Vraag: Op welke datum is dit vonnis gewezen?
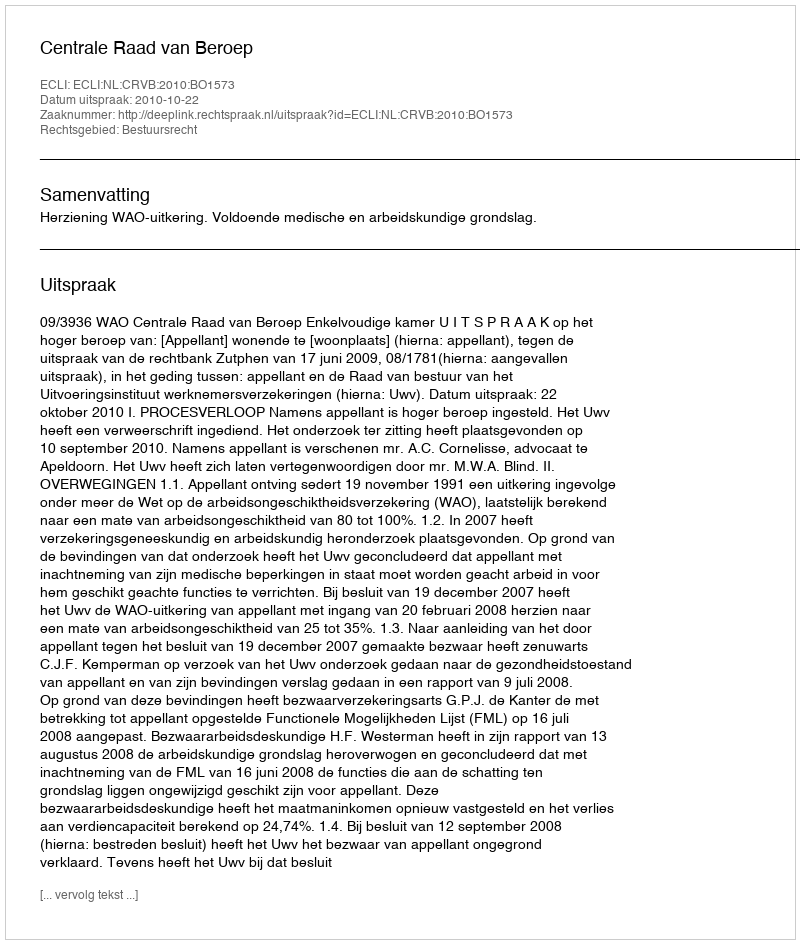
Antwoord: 2010-10-22